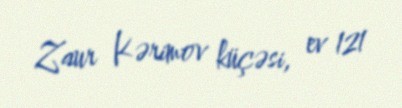
Zaur Kərimov küçəsi, ev 121